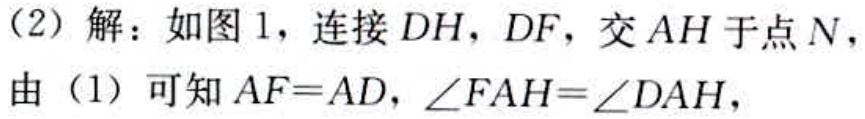
（2）解：如图 1，连接 \(DH\)，\(DF\)，交 \(AH\) 于点 \(N\)，
由（1）可知 \(AF = AD\)，\(\angle FAH=\angle DAH\)，